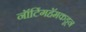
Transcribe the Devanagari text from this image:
नॉटिंगहॅमकडून